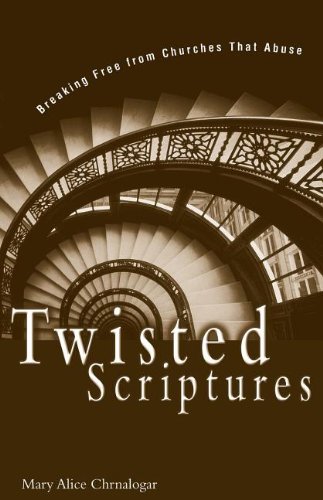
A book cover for Twisted Scriptures; Mary Alice Chrnalogar; Christian Books & Bibles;